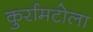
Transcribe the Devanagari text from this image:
कुर्रामटोला